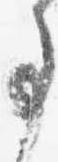
事